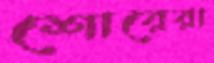
শোরেরা